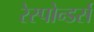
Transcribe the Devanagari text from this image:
रेस्पोन्डर्स